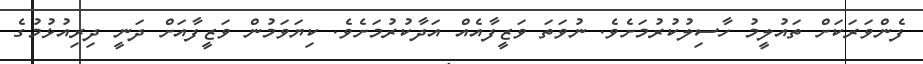
ފެންވަރަކަށް ތައުލީމު ހާސިލުކުރުމަށެވެ. ނުވަތަ ވަޒީފާއެއް އަދާކުރުމަށެވެ. ކިޔަވަމުން ވަޒީފާއަށް ދަނީ ދިރިއުޅުމުގެ